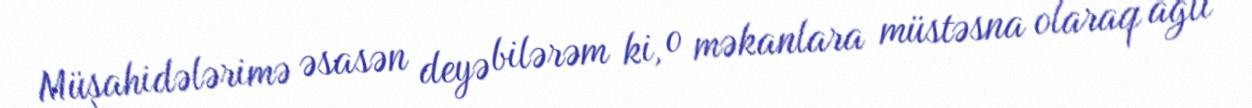
Müşahidələrimə əsasən deyə bilərəm ki, o məkanlara müstəsna olaraq ağlı